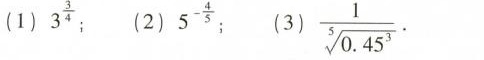
(1)3^{\frac{3}{4}} (2) 5^{- \frac{4}{5}} (3) \frac{1}{\sqrt[5]{0.45^{3}}}